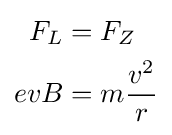
{\begin{aligned}F_{L}&=F_{Z}\\evB&=m{\frac {v^{2}}{r}}\end{aligned}}